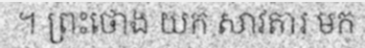
។ ព្រះថោង យក សាវតារ មក